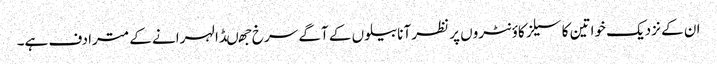
ان کے نزدیک خواتین کا سیلز کاؤنٹروں پر نظر آنا بیلوں کے آگے سرخ جھںڈا لہرانے کے مترادف ہے۔